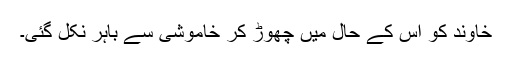
خاوند کو اُس کے حال میں چھوڑ کر خاموشی سے باہر نکل گئی۔